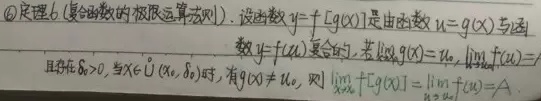
\textcircled{2}定理 6 (复合函数的极限运算法则)：设函数 \(y = f[g(x)]\) 是由函数 \(u = g(x)\) 与函数 \(y = f(u)\) 复合的，若 \(\lim\limits_{x\rightarrow x_0}g(x)=u_0\)，\(\lim\limits_{u\rightarrow u_0}f(u)=A\)，且存在 \(\delta>0\)，当 \(x\in\mathring{U}(x_0,\delta)\) 时，有 \(g(x)\neq u_0\)，则 \(\lim\limits_{x\rightarrow x_0}f[g(x)]=\lim\limits_{u\rightarrow u_0}f(u)=A\)。